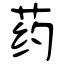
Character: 药